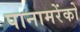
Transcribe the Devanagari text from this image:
पानामरेंको